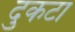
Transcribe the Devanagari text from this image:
दुकटा